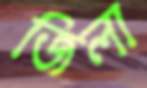
জিলা